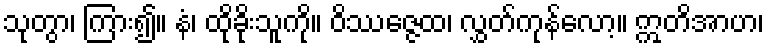
သုတွာ၊ ကြား၍။ နံ၊ ထိုခိုးသူကို။ ဝိဿဇ္ဇေထ၊ လွှတ်ကုန်လော့။ ဣတိအာဟ၊